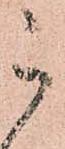
被